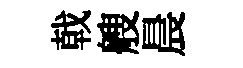
戟艘晨